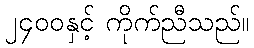
၂၄၀၀နှင့် ကိုက်ညီသည်။